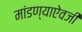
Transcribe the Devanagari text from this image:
मांडण्याऐवजी